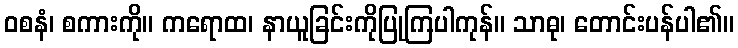
ဝစနံ၊ စကားကို။ ကရောထ၊ နာယူခြင်းကိုပြုကြပါကုန်။ သာဓု၊ တောင်းပန်ပါ၏။